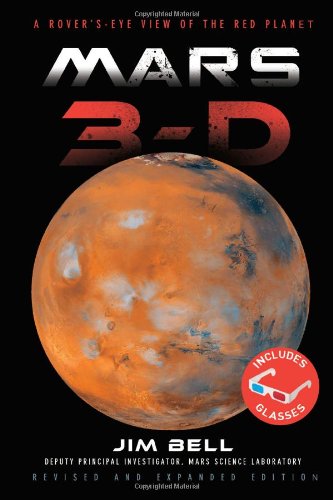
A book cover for Mars 3-D: A Rover's-Eye View of the Red Planet; Jim Bell; Science & Math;